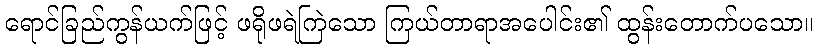
ရောင်ခြည်ကွန်ယက်ဖြင့် ဖရိုဖရဲကြဲသော ကြယ်တာရာအပေါင်း၏ ထွန်းတောက်ပသော။